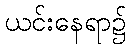
ယင်းနေရာ၌